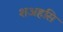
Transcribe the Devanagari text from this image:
शअहसि